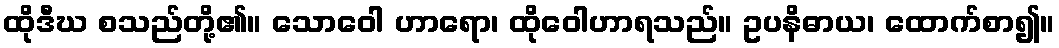
ထိုဒီဃ စသည်တို့၏။ သောဝေါ ဟာရော၊ ထိုဝေါဟာရသည်။ ဥပနိဓာယ၊ ထောက်စာ၍။